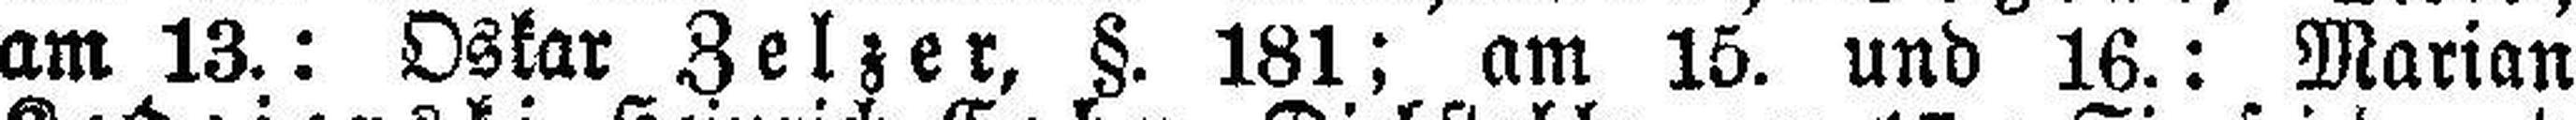
am 13.: Oskar Zelzer, §. 181; am 15. und 16.: Marian